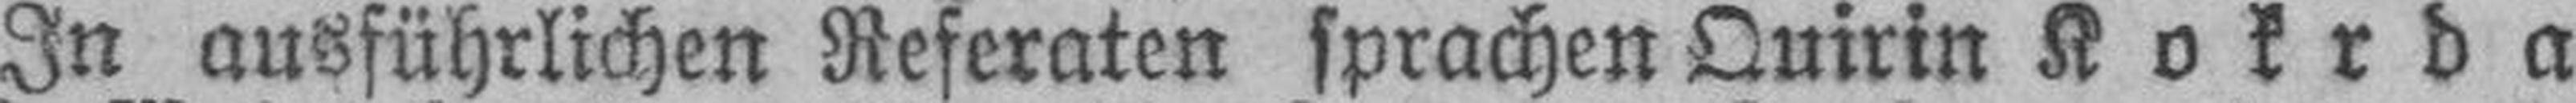
In ausführlichen Referaten sprachen Quirin Kokrda